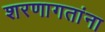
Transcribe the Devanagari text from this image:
शरणागतांना